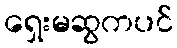
ရှေးမဆွကပင်